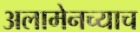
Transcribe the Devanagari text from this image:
अलामेनच्याच